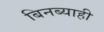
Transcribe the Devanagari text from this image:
बिनब्याही